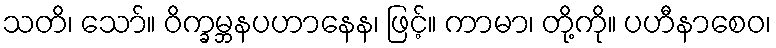
သတိ၊ သော်။ ဝိက္ခမ္ဘနပဟာနေန၊ ဖြင့်။ ကာမာ၊ တို့ကို။ ပဟီနာစေဝ၊